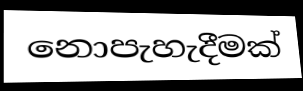
නොපැහැදීමක්